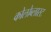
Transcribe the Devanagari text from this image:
कोलोब्लास्ट